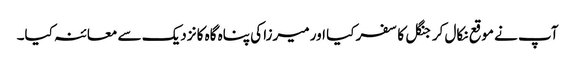
آپ نے موقع نکال کر جنگل کا سفر کیا اور میرزا کی پناہ گاہ کا نزدیک سے معائنہ کیا۔